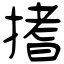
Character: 搘